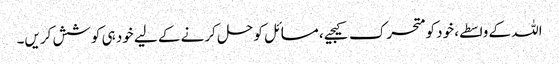
اللہ کے واسطے، خود کو متحرک کیجیے، مسائل کو حل کرنے کے لیے خود ہی کوشش کریں۔